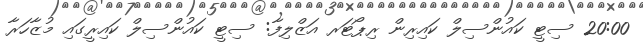
20:00 ސިޓީ ކައުންސިލް ކައިރިން ރިޕޯޓަރ އަޒްލިފާ: ސިޓީ ކައުންސިލް ކައިރީގައި މުޒާހަރާ